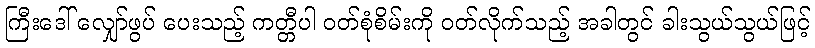
ကြီးဒေါ် လျှော်ဖွပ် ပေးသည့် ကတ္တီပါ ဝတ်စုံစိမ်းကို ဝတ်လိုက်သည့် အခါတွင် ခါးသွယ်သွယ်ဖြင့်